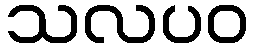
သလပဝ